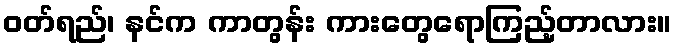
ဝတ်ရည်၊ နင်က ကာတွန်း ကားတွေရောကြည့်တာလား။